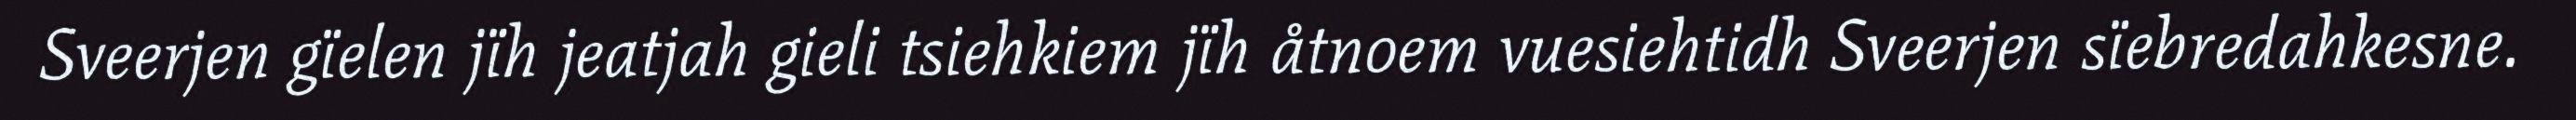
Sveerjen gïelen jïh jeatjah gieli tsiehkiem jïh åtnoem vuesiehtidh Sveerjen sïebredahkesne.